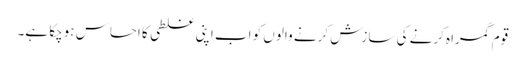
قوم گمراہ کرنے کی سازش کرنے والوں کو اب اپنی غلطی کا احساس ہوچکا ہے۔